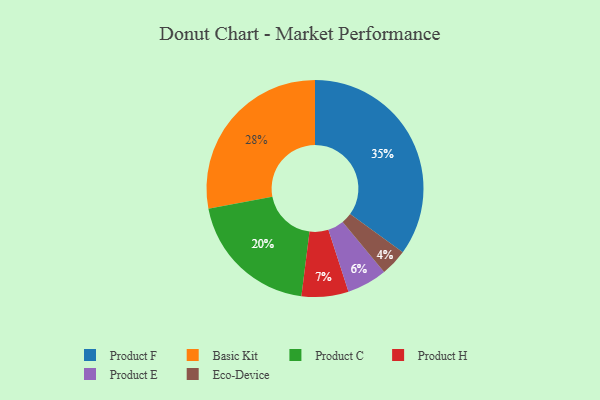
{"axis": {"x": "Category", "y": "Percentage"}, "legend": ["Basic Kit", "Eco-Device", "Product C", "Product E", "Product F", "Product H"], "data": [{"x": "Eco-Device", "y": 4, "type": "Eco-Device"}, {"x": "Product C", "y": 20, "type": "Product C"}, {"x": "Product H", "y": 7, "type": "Product H"}, {"x": "Product F", "y": 35, "type": "Product F"}, {"x": "Product E", "y": 6, "type": "Product E"}, {"x": "Basic Kit", "y": 28, "type": "Basic Kit"}]}